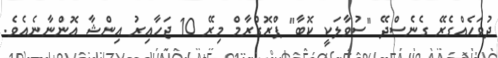
ދުވަހެއްގެރޭ ގެނެސްދޭ "ސުވާލަކީ ކޮބާ" ޕްރޮގްރާމް މިރޭ 10 ޖަހާއިރު އިންޝާ އޮންނާނެއެވެ.